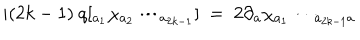
i ( 2 k - 1 ) \ q [ _ { a { _ { 1 } } } \chi _ { a { _ { 2 } } } \cdots _ { a { _ { 2 k - 1 } } } ] \ = \ 2 \partial { _ { a } } \chi _ { a { _ { 1 } } } \cdots _ { a _ { 2 k - 1 } a }